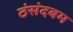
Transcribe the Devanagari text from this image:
ठंसंदबम